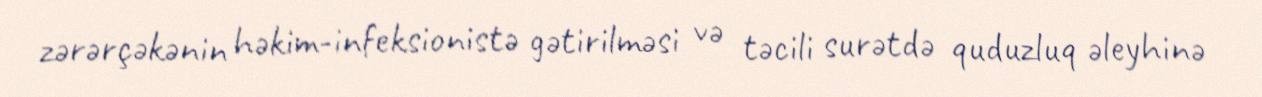
zərərçəkənin həkim-infeksionistə gətirilməsi və təcili surətdə quduzluq əleyhinə